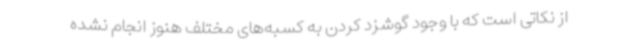
از نکاتی است که با وجود گوشزد کردن به کسبه‌های مختلف هنوز انجام نشده